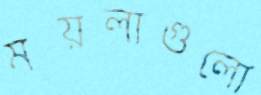
ময়লাগুলো